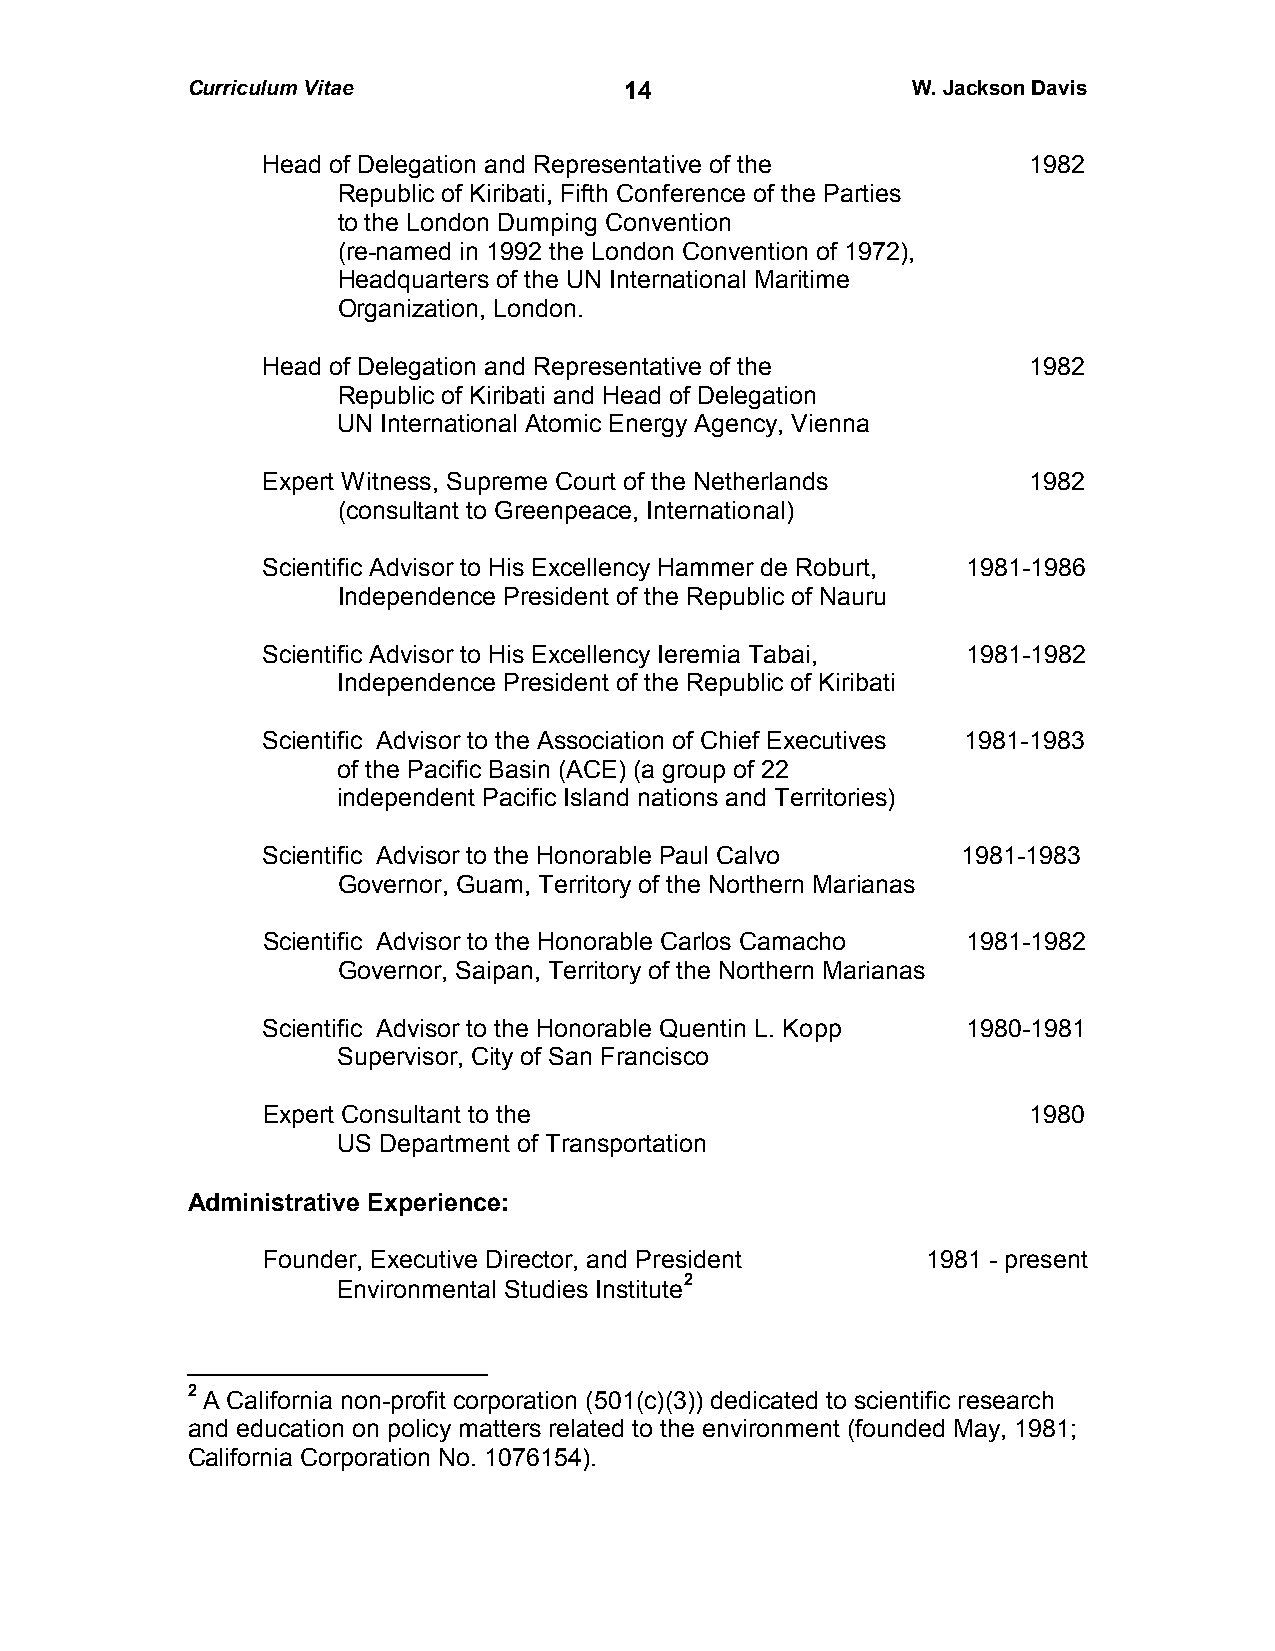
Curriculum Vitae             1 4                W. Jackson Davis
 Head of Delegation and Representative of the       1982
 Republic of Kiribati, Fifth Conference of the Parties
 to the London Dumping Convention
 (re-named in 1992 the London Convention of 1972),
 Headquarters of the UN International Maritime
 Organization, London.
 Head of Delegation and Representative of the       1982
 Republic of Kiribati and Head of Delegation
 UN International Atomic Energy Agency, Vienna
 Expert Witness, Supreme Court of the Netherlands   1982
 (consultant to Greenpeace, International)
 Scientific Advisor to His Excellency Hammer de Roburt, 1981-1986
 Independence President of the Republic of Nauru
 Scientific Advisor to His Excellency Ieremia Tabai, 1981-1982
 Independence President of the Republic of Kiribati
 Scientific Advisor to the Association of Chief Executives 1981-1983
 of the Pacific Basin (ACE) (a group of 22
 independent Pacific Island nations and Territories)
 Scientific Advisor to the Honorable Paul Calvo 1981-1983
 Governor, Guam, Territory of the Northern Marianas
 Scientific Advisor to the Honorable Carlos Camacho 1981-1982
 Governor, Saipan, Territory of the Northern Marianas
 Scientific Advisor to the Honorable Quentin L. Kopp 1980-1981
 Supervisor, City of San Francisco
 Expert Consultant to the                           1980
 US Department of Transportation
 Administrative Experience:
 Founder, Executive Director, and President  1981 - present
 Environmental Studies Institute2
 2 A California non-profit corporation (501(c)(3)) dedicated to scientific research
 and education on policy matters related to the environment (founded May, 1981;
 California Corporation No. 1076154).